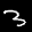
Label: 3